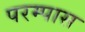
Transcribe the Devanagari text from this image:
परम्पास